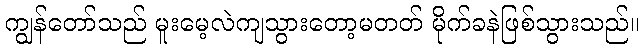
ကျွန်တော်သည် မူးမေ့လဲကျသွားတော့မတတ် မိုက်ခနဲဖြစ်သွားသည်။